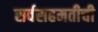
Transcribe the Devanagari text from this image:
सर्वसहमतीची